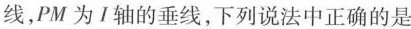
线，PM为I轴的垂线，下列说法中正确的是